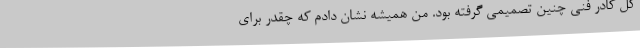
کل کادر فنی چنین تصمیمی گرفته بود. من همیشه نشان دادم که چقدر برای